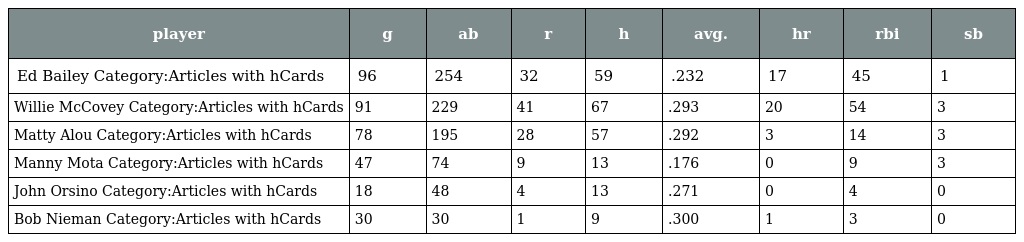
| player | g | ab | r | h | avg. | hr | rbi | sb |
 | --- | --- | --- | --- | --- | --- | --- | --- | --- |
 | Ed Bailey Category:Articles with hCards | 96 | 254 | 32 | 59 | .232 | 17 | 45 | 1 |
 | Willie McCovey Category:Articles with hCards | 91 | 229 | 41 | 67 | .293 | 20 | 54 | 3 |
 | Matty Alou Category:Articles with hCards | 78 | 195 | 28 | 57 | .292 | 3 | 14 | 3 |
 | Manny Mota Category:Articles with hCards | 47 | 74 | 9 | 13 | .176 | 0 | 9 | 3 |
 | John Orsino Category:Articles with hCards | 18 | 48 | 4 | 13 | .271 | 0 | 4 | 0 |
 | Bob Nieman Category:Articles with hCards | 30 | 30 | 1 | 9 | .300 | 1 | 3 | 0 |